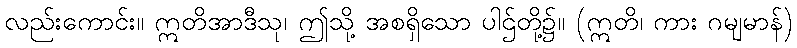
လည်းကောင်း။ ဣတိအာဒီသု၊ ဤသို့ အစရှိသော ပါဌ်တို့၌။ (ဣတိ၊ ကား ဂမျမာန်)